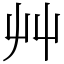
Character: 艸